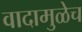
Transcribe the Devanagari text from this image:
वादामुळेच